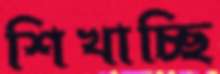
শিখাচ্ছি